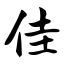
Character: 佳